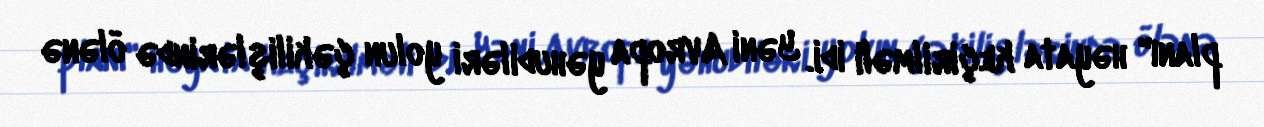
planı" həyata keçirilməli idi. Yəni Avropa yəhudiləri yolun çəkilişlərində ölənə